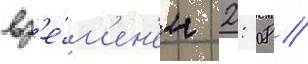
вр'е́м'ен'ем 2: 08 //